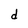
Character: d